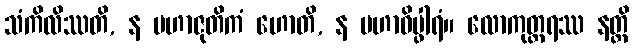
သံကိလိဿတိ, န မဟာဇုတိကံ ဟောတိ, န မဟာဝိပ္ဖါရံ။ လောကုတ္တရဿ နတ္ထိ